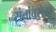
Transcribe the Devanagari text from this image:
संतांबरोबर